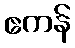
ဧကန်